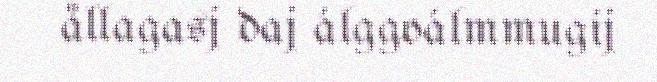
ållagasj daj álggoálmmugij